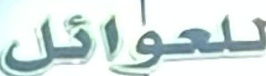
للعوائل